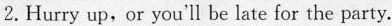
2.Hurry up,or you'll be late for the party.